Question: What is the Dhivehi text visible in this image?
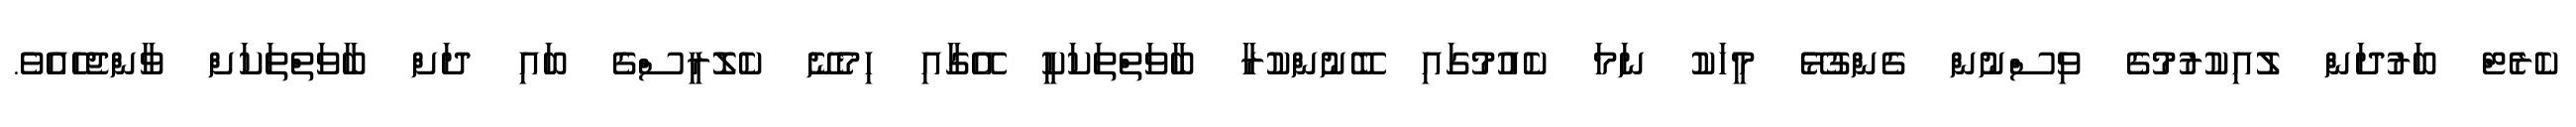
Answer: ކެރެޓް ބަރުދަން ލުއިކުރުމުގެ ވިސްނުން ގެންގުޅޭ މީހަކު ނަމަ ކެއުމުގައި ބޭނުންކުރާ ބާވަތްތަކަކީ އޭގާއި ހިމެނޭ ކެލޮރީސްގެ ބައި ދަށް ބާވަތްތަކަށް ވާންޖެހެއެވެ.